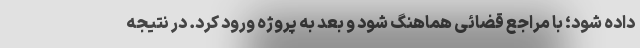
داده شود؛ با مراجع قضائی هماهنگ شود و بعد به پروژه ورود کرد. در نتیجه